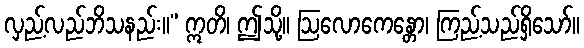
လှည့်လည်ဘိသနည်း။” ဣတိ၊ ဤသို့။ ဩလောကေန္တော၊ ကြည့်သည်ရှိသော်။